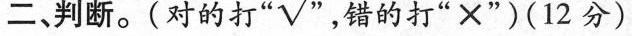
二、判断。(对的打”√”，错的打”×”)(12分)